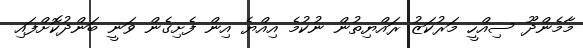
މާމެންދޫ ސިއްހީ މަރުކަޒު ރައްޔިތުން ނުކުމެ އިއްޔެ އިން ފެށިގެން ވަނީ ބަންދުކޮށްފައި